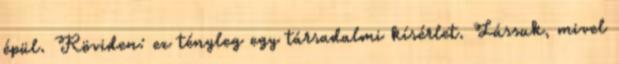
épül. Röviden: ez tényleg egy társadalmi kísérlet. Lássuk, mivel